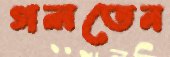
গলতেন